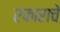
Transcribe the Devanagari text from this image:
रफाराचे